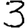
Digit: 3